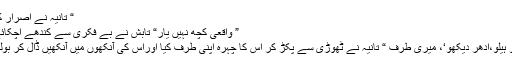
“ تانیہ نے اصرار کیا
” واقعی کچھ نہیں یار“ تابش نے بے فکری سے کندھے اچکائے
”او ہیلو،ادھر دیکھو‘، میری طرف “ تانیہ نے ٹھوڑی سے پکڑ کر اس کا چہرہ اپنی طرف کیا اوراس کی آنکھوں میں آنکھیں ڈال کر بولی۔